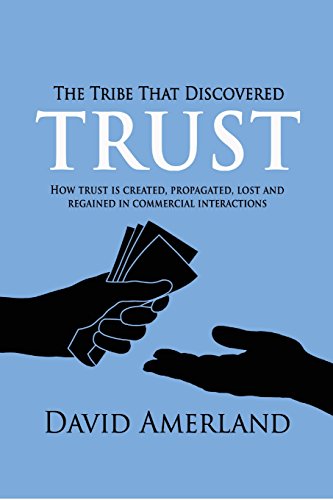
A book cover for The Tribe That Discovered Trust - How Trust Is Created, Propagated, Lost and Regained in Commercial Interactions; David Amerland; Business & Money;